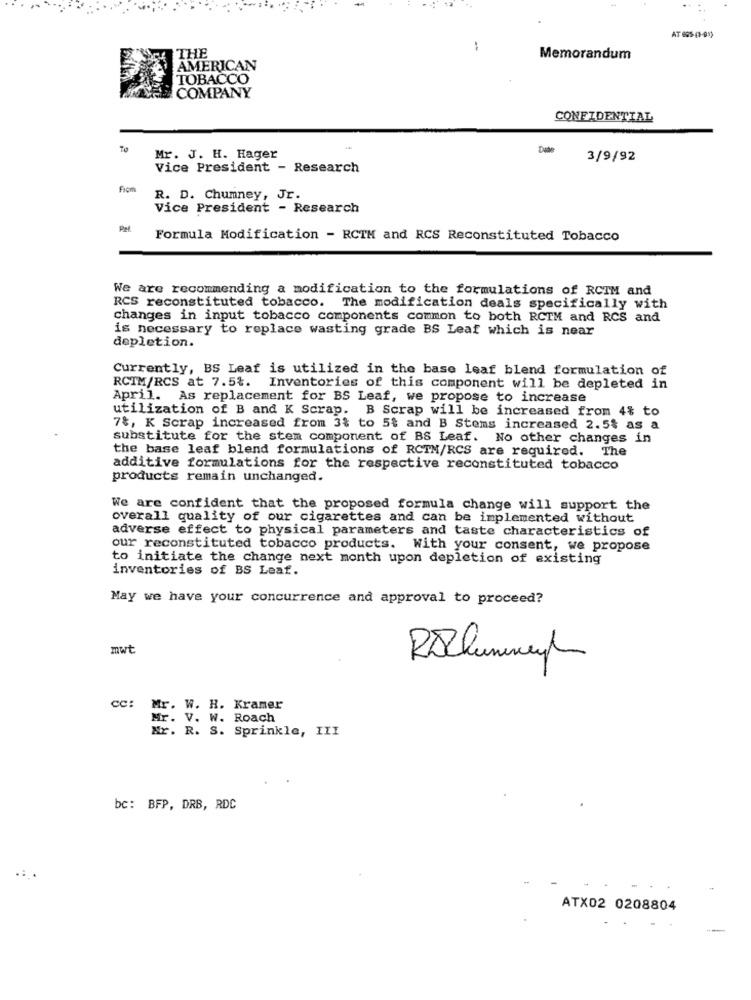
THE
Memorandum
AMERICAN
TOBACCO
COMPANY
CONFIDENTIAL
Dade
Mr. J. H. Hager
3/9/92
Vice President - Research
R. D. Chumney, Jr.
Vice President - Research
Pet
Formula Modification - RCTM and RCS Reconstituted Tobacco
We are recommending a modification to the formulations of RCTM and
RCS reconstituted tobacco. The modification deals specifically with
changes in input tobacco components common to both RCTM and RCS and
is necessary to replace wasting grade BS Leaf which is near
depletion.
Currently, BS Leaf is utilized in the base leaf blend formulation of
RCTM/RCS at 7.5%.
Inventories of this component will be depleted in
April. As replacement for BS Leaf, we propose to increase
utilization of B and K Scrap. B Scrap will be increased from 4% to
7%, K Scrap increased from 3% to 5% and B Stems increased 2.5% as a
substitute for the stem component of BS Leaf. No other changes in
the base leaf blend formulations of RCTM/RCS are required. The
additive formulations for the respective reconstituted tobacco
products remain unchanged.
We are confident that the proposed formula change will support the
overall quality of our cigarettes and can be implemented without
adverse effect to physical parameters and taste characteristics of
our reconstituted tobacco products. With your consent, we propose
to initiate the change next month upon depletion of existing
inventories of BS Leaf.
May we have your concurrence and approval to proceed?
mwt
cc:
Mr. W. H. Kramer
Mr. V. W. Roach
Nr. R. S. Sprinkle, III
bc: BFP, DRB, RDC
ATX02 0208804